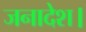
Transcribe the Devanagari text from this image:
जनादेश।